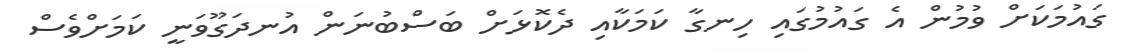
ގައުމަކަށް ވުމުން އެ ގައުމުގައި ހިނގާ ކަމަކާއި ދެކޮޅަށް ބަސްބުނަން އުނދަގޫވަނީ ކަމަށްވެސް